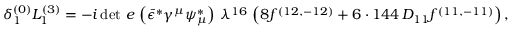
{ \delta _ { 1 } ^ { ( 0 ) } L _ { 1 } ^ { ( 3 ) } = - i \, { \operatorname * { d e t } \, e } \, \left( \bar { \epsilon } ^ { * } \gamma ^ { \mu } \psi _ { \mu } ^ { * } \right) \, \lambda ^ { 1 6 } \, \left( 8 f ^ { ( 1 2 , - 1 2 ) } + 6 \cdot 1 4 4 \, D _ { 1 1 } f ^ { ( 1 1 , - 1 1 ) } \right) , }